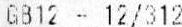
GB12 - 12/312